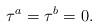
LaTeX: \begin{align*}\tau^a=\tau^b=0.\end{align*}